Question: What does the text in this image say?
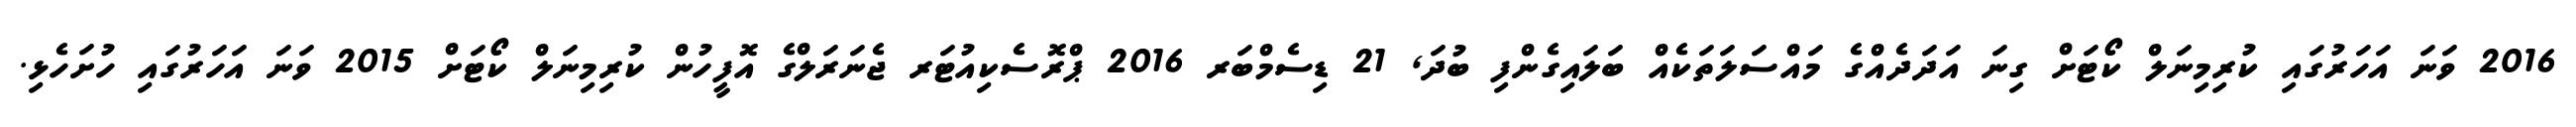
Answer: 2016 ވަނަ އަހަރުގައި ކުރިމިނަލް ކޯޓަށް ގިނަ އަދަދެއްގެ މައްސަލަތަކެއް ބަލައިގެންފި ބުދަ, 21 ޑިސެމްބަރ 2016 ޕްރޮސެކިއުޓަރ ޖެނަރަލްގެ އޮފީހުން ކުރިމިނަލް ކޯޓަށް 2015 ވަނަ އަހަރުގައި ހުށަހެޅި.